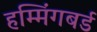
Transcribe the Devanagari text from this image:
हम्मिंगबर्ड